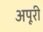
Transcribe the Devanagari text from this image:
अपूरी